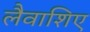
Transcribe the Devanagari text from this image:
लैवाशिए